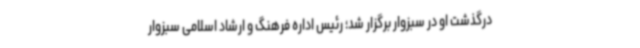
درگذشت او در سبزوار برگزار شد؛ رئیس اداره فرهنگ و ارشاد اسلامی سبزوار